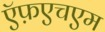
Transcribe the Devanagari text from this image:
ऍफ़एचएम